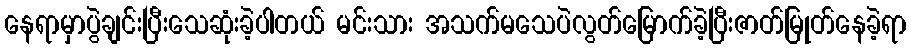
နေရာမှာပွဲချင်းပြီးသေဆုံးခဲ့ပါတယ် မင်းသား အသက်မသေပဲလွတ်မြောက်ခဲ့ပြီးဇာတ်မြုတ်နေခဲ့ရာ